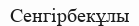
Сенгірбекұлы